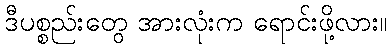
ဒီပစ္စည်းတွေ အားလုံးက ရောင်းဖို့လား။